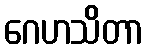
ဂေဟသိတာ